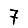
Digit: 7